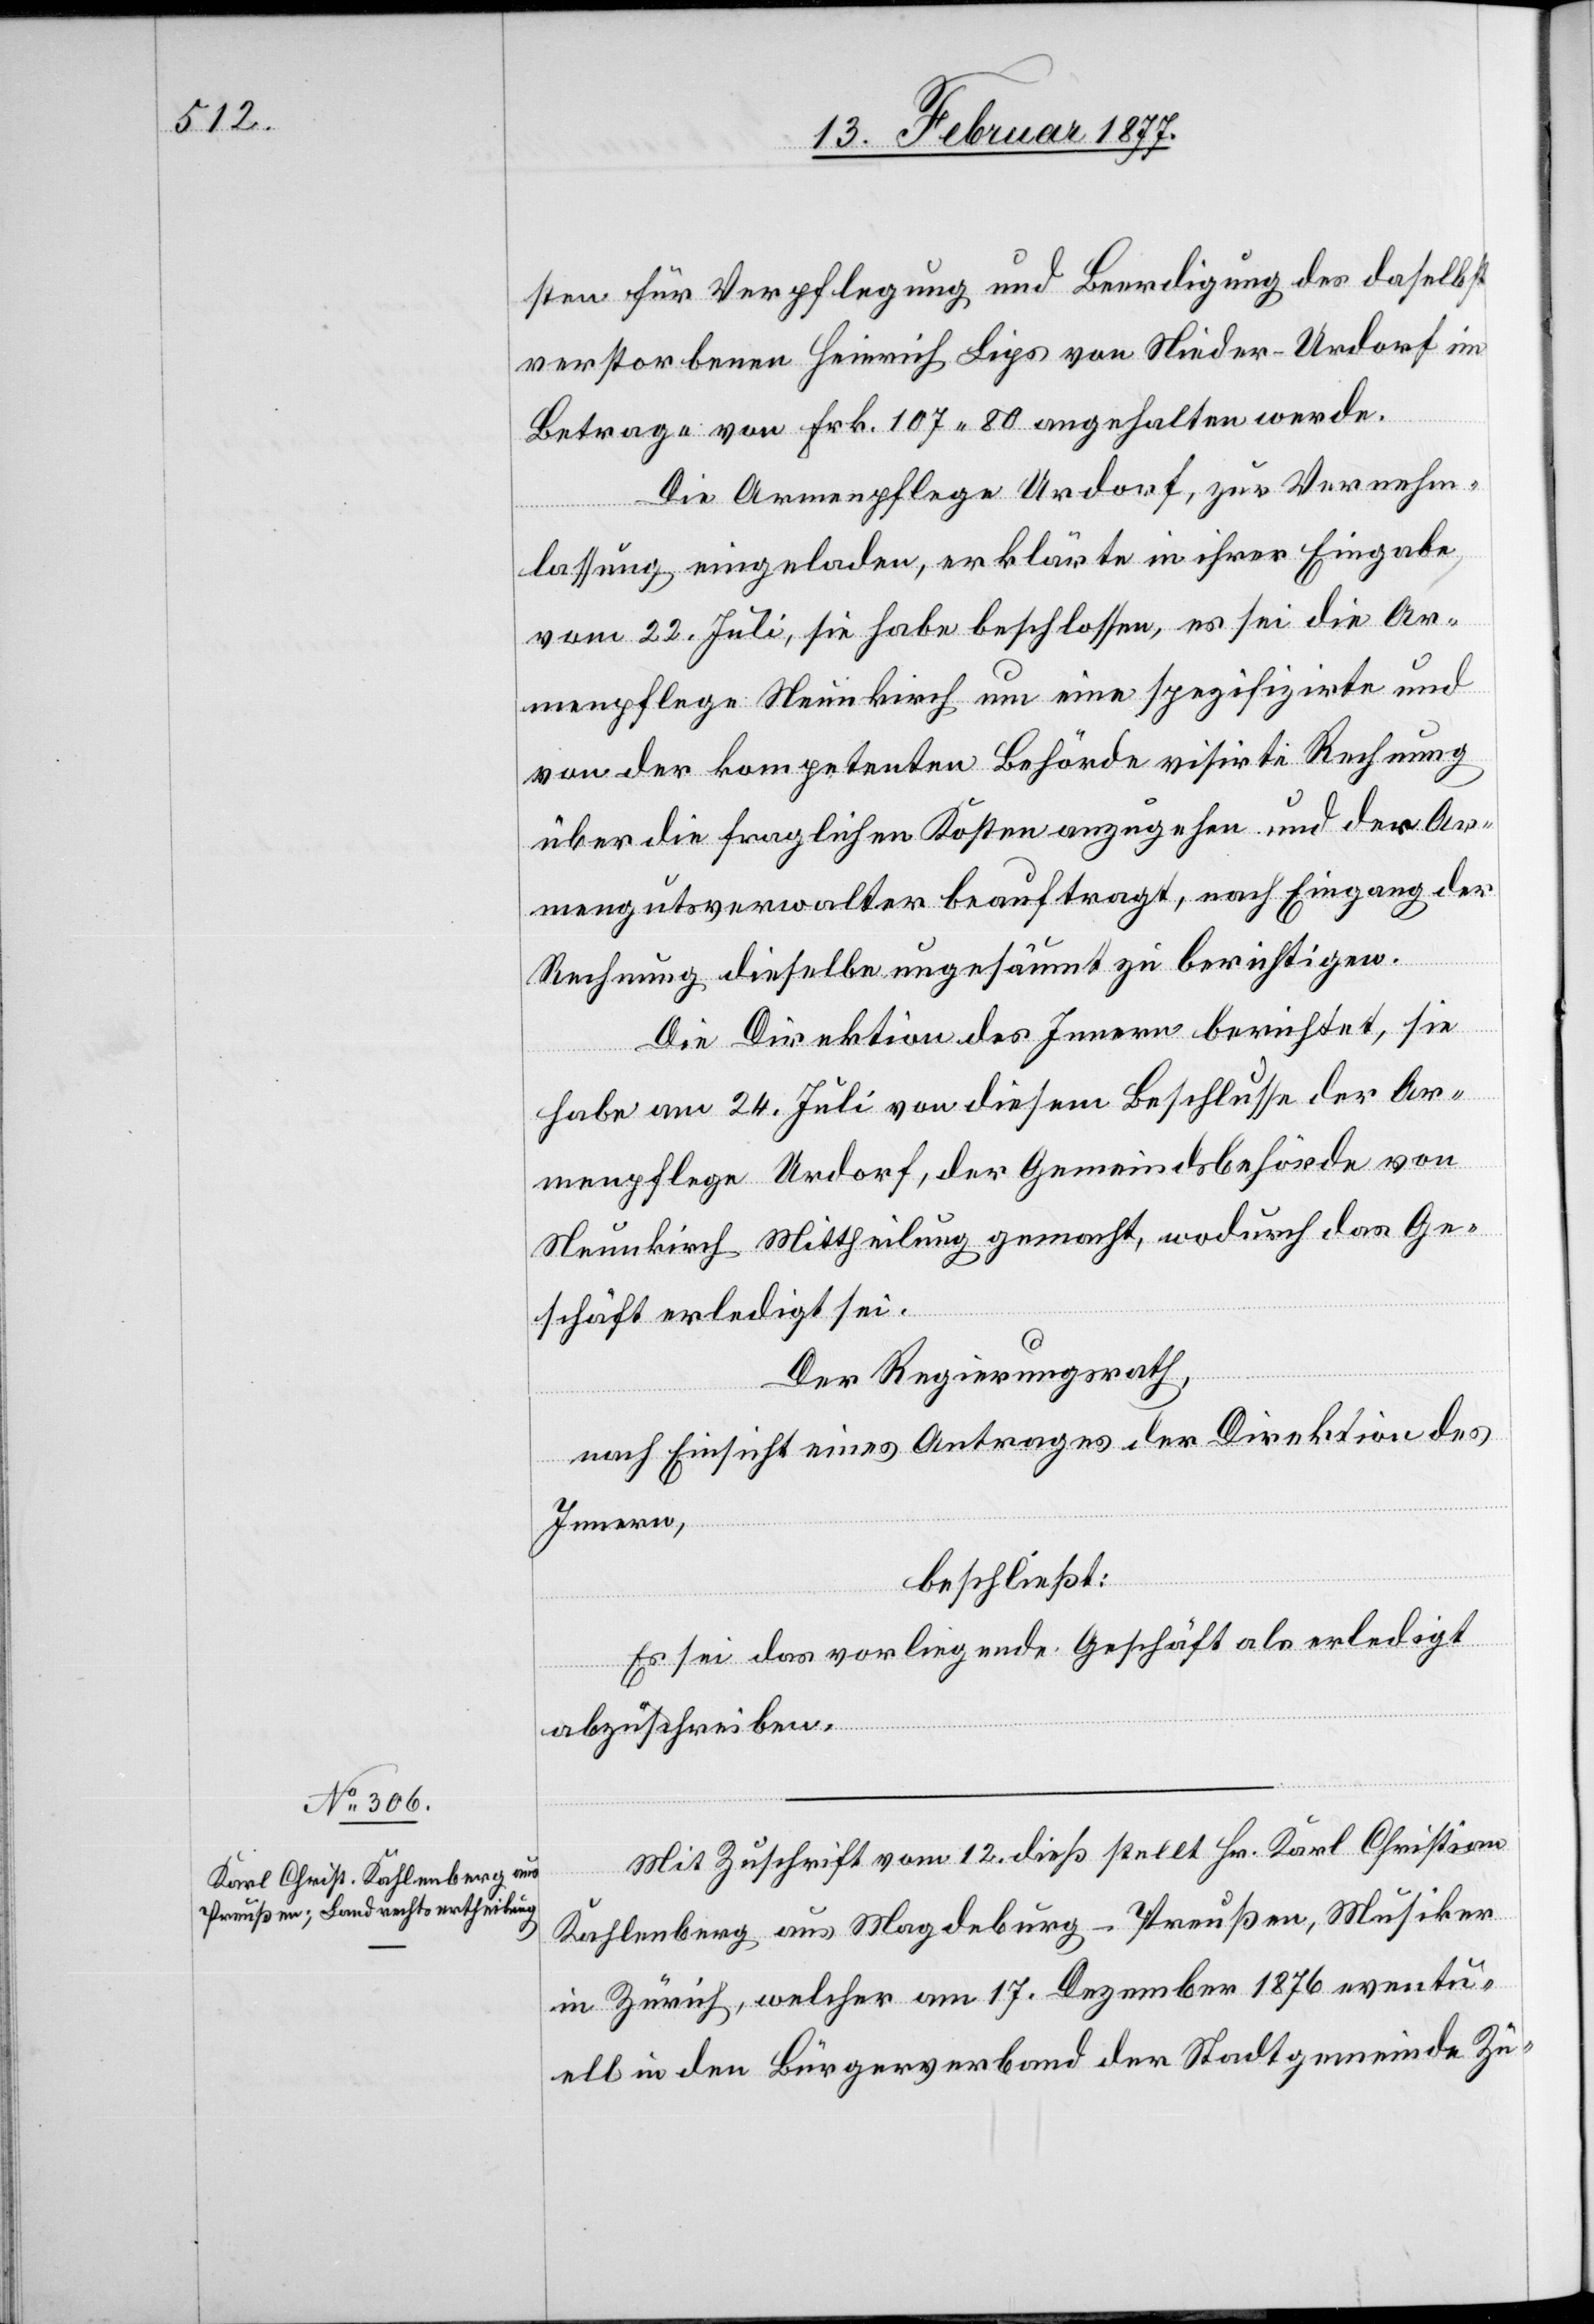
sten für Verpflegung und Beerdigung des daselbst
verstorbenen Heinrich Lips von Nieder-Urdorf im
Betrage von Frk. 107.80 angehalten werde.
Die Armenpflege Urdorf, zur Vernehm¬
lassung eingeladen, erklärte in ihrer Eingabe
vom 22. Juli, sie habe beschlossen, es sei die Ar¬
menpflege Neunkirch um eine spezifizirte und
von der kompetenten Behörde visirte Rechnung
über die fraglichen Kosten anzugehen und der Ar¬
mengutsverwalter beauftragt, nach Eingabe der
Rechnung dieselbe ungesäumt zu berichtigen.
Die Direktion des Innern berichtet, sie
habe am 24. Juli von diesem Beschlusse der Ar¬
menpflege Urdorf, der Gemeindsbehörde von
Neunkirch Mittheilung gemacht, wodurch das Ge¬
schäft erledigt sei.
Der Regierungsrath,
nach Einsicht eines Antrages der Direktion des
Innern,
beschließt:
Es sei das vorliegende Geschäft als erledigt
abzuschreiben.
Mit Zuschrift vom 12. dieß stellt Hr. Karl Christian
Kahlenberg aus Magdeburg - Preußen, Musiker
in Zürich, welcher am 17. Dezember 1876 eventu¬
ell in den Bürgerverband der Stadtgemeinde Zü-